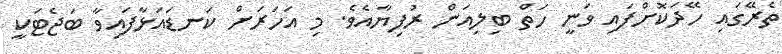
ތެރޭގައި ހޭދަކޮށްފައި ވަނީ ހަތް ބިލިއަން ރުފިޔާއެވެ. މި އަހަރަށް ކަނޑައަޅާފައިވާ ބަޖެޓަކީ